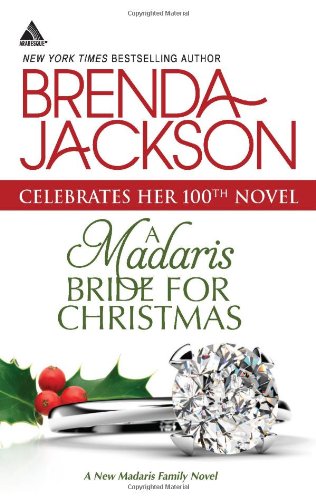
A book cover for A Madaris Bride for Christmas (Harlequin Kimani Arabesque\Madaris Family Saga); Brenda Jackson; Romance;